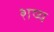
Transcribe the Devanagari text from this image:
शष्य